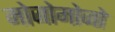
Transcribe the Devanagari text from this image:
मोजोमोजो